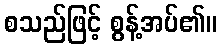
စသည်ဖြင့် စွန့်အပ်၏။